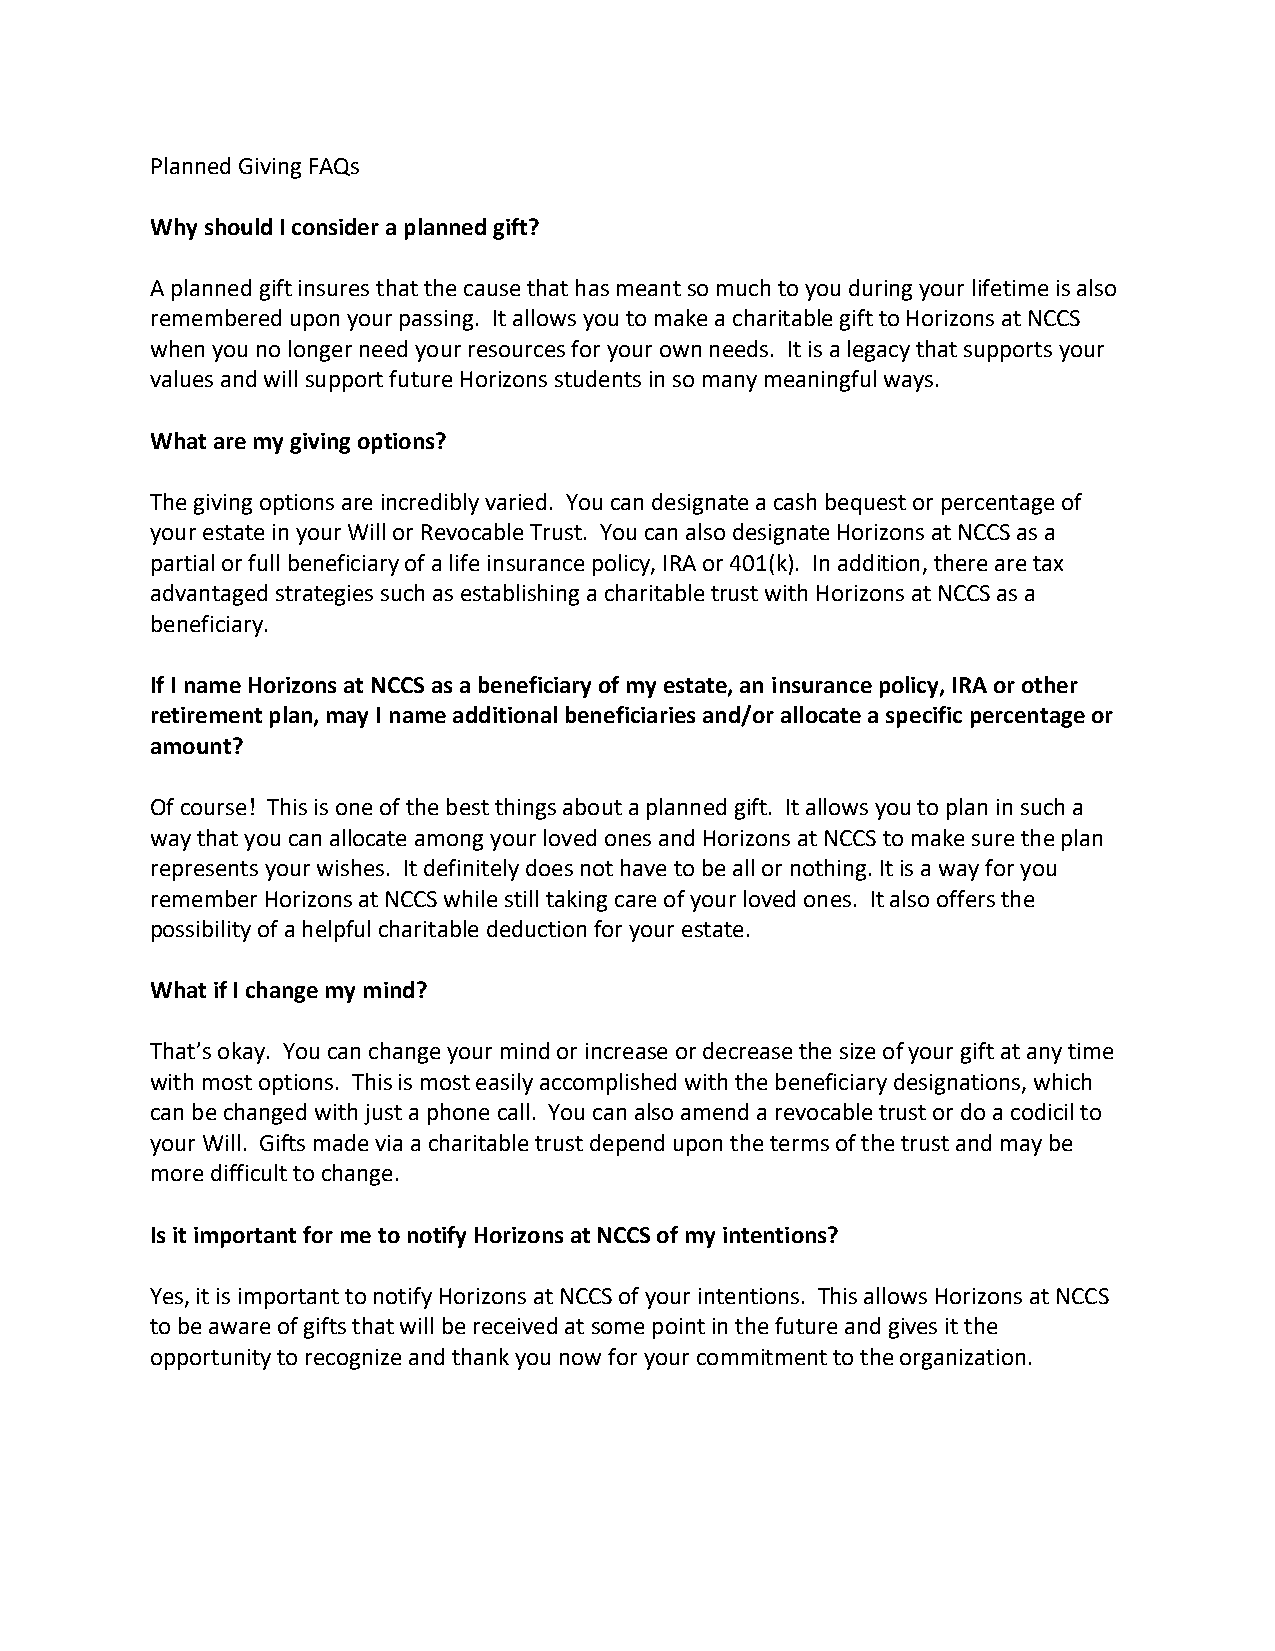
Planned Giving FAQs
 Why should I consider a planned gift?
 A planned gift insures that the cause that has meant so much to you during your lifetime is also
 remembered upon your passing. It allows you to make a charitable gift to Horizons at NCCS
 when you no longer need your resources for your own needs. It is a legacy that supports your
 values and will support future Horizons students in so many meaningful ways.
 What are my giving options?
 The giving options are incredibly varied. You can designate a cash bequest or percentage of
 your estate in your Will or Revocable Trust. You can also designate Horizons at NCCS as a
 partial or full beneficiary of a life insurance policy, IRA or 401(k). In addition, there are tax
 advantaged strategies such as establishing a charitable trust with Horizons at NCCS as a
 beneficiary.
 If I name Horizons at NCCS as a beneficiary of my estate, an insurance policy, IRA or other
 retirement plan, may I name additional beneficiaries and/or allocate a specific percentage or
 amount?
 Of course! This is one of the best things about a planned gift. It allows you to plan in such a
 way that you can allocate among your loved ones and Horizons at NCCS to make sure the plan
 represents your wishes. It definitely does not have to be all or nothing. It is a way for you
 remember Horizons at NCCS while still taking care of your loved ones. It also offers the
 possibility of a helpful charitable deduction for your estate.
 What if I change my mind?
 That’s okay. You can change your mind or increase or decrease the size of your gift at any time
 with most options. This is most easily accomplished with the beneficiary designations, which
 can be changed with just a phone call. You can also amend a revocable trust or do a codicil to
 your Will. Gifts made via a charitable trust depend upon the terms of the trust and may be
 more difficult to change.
 Is it important for me to notify Horizons at NCCS of my intentions?
 Yes, it is important to notify Horizons at NCCS of your intentions. This allows Horizons at NCCS
 to be aware of gifts that will be received at some point in the future and gives it the
 opportunity to recognize and thank you now for your commitment to the organization.